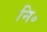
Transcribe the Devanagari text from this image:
नि॰